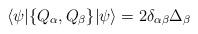
LaTeX: \begin{align*}\langle \psi | \{ Q_\alpha , Q_\beta \} | \psi \rangle = 2 \delta_{\alpha \beta} \Delta_\beta\end{align*}